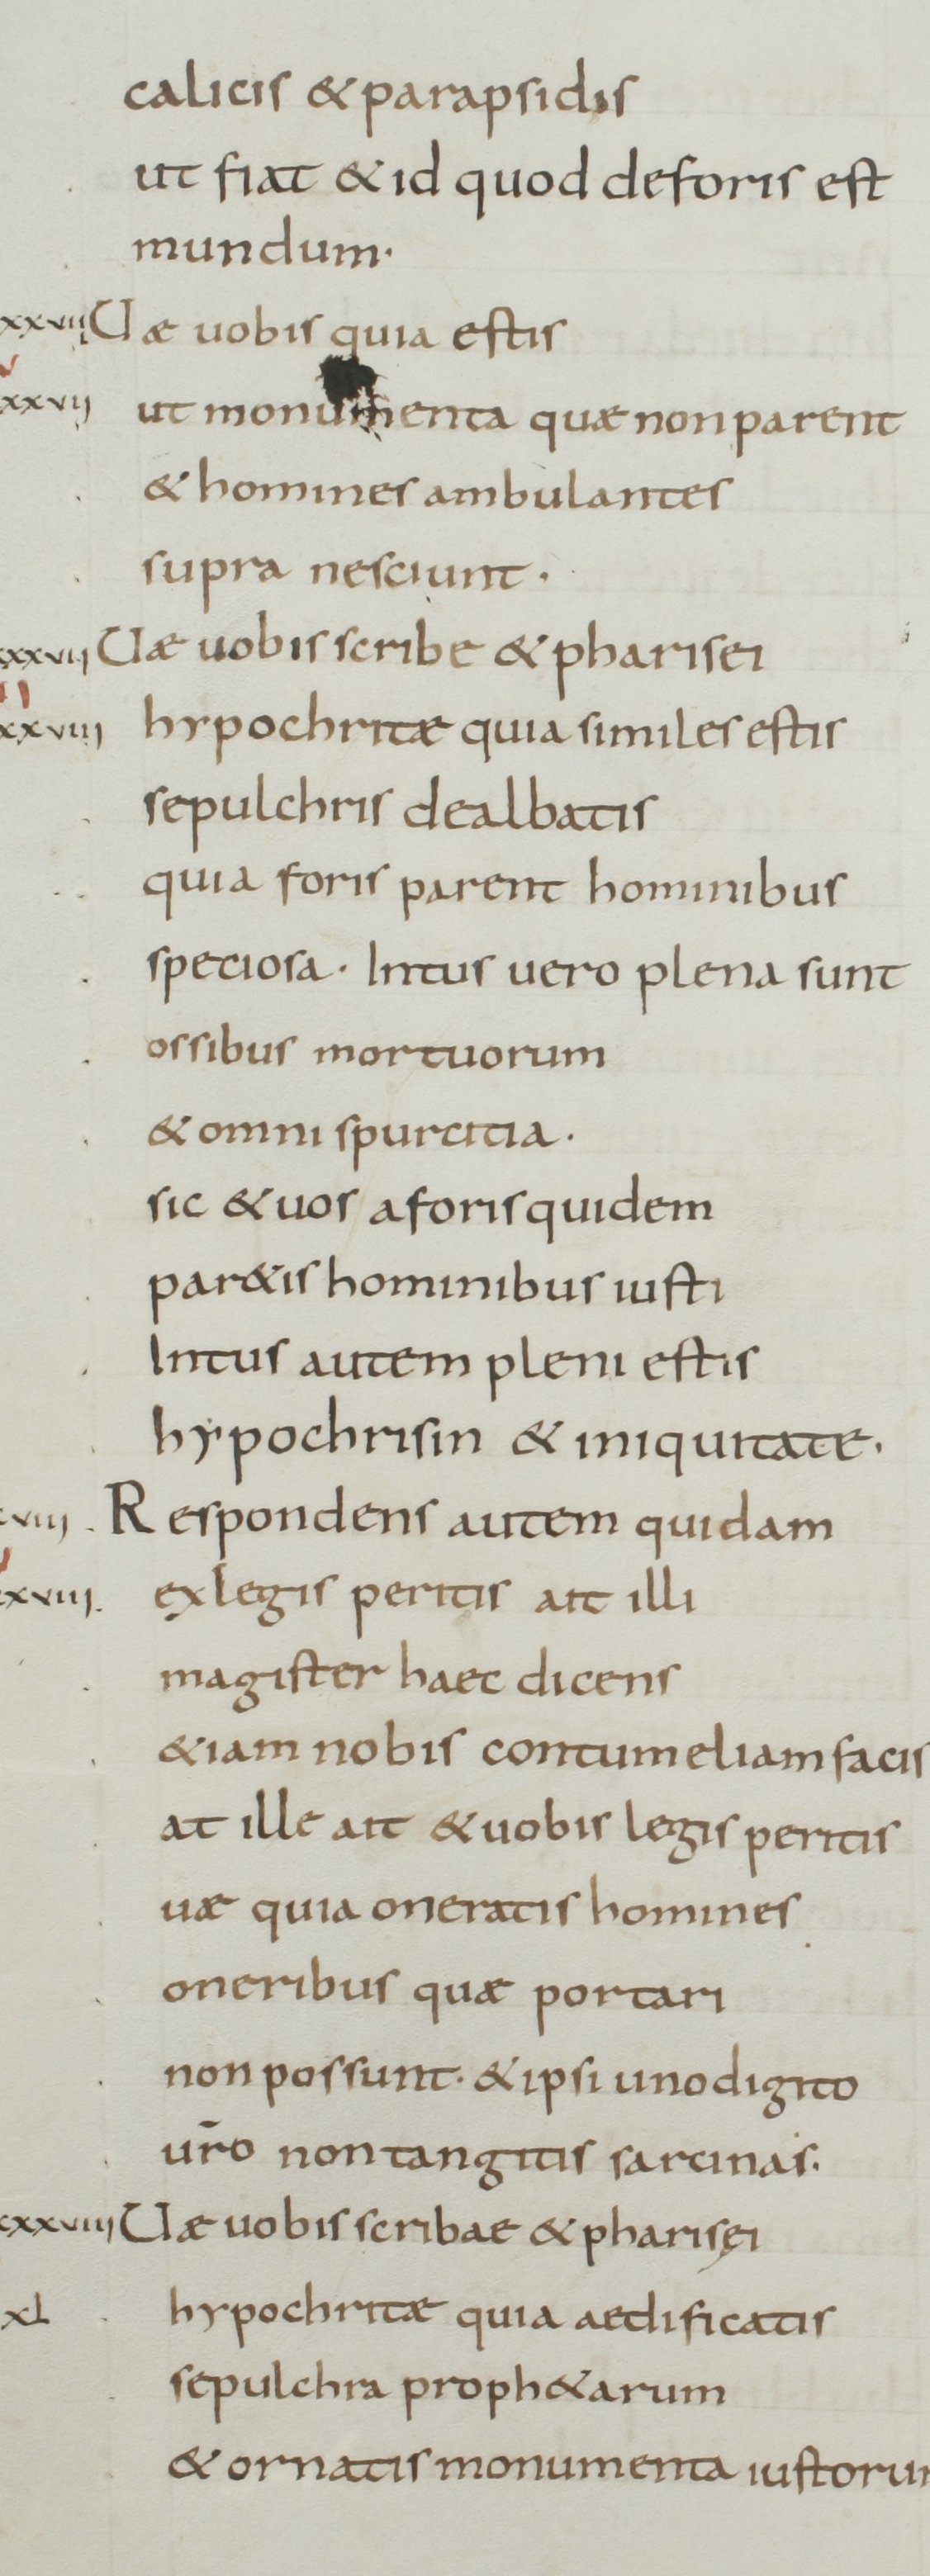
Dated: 800–849